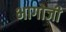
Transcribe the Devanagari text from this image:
भागोजी